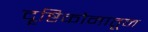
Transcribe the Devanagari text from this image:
दॄष्टिकोनातून